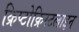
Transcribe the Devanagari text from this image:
क्रिप्टोक्रिस्टलाइन